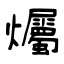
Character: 爥